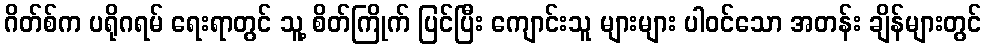
ဂိတ်စ်က ပရိုဂရမ် ရေးရာတွင် သူ့ စိတ်ကြိုက် ပြင်ပြီး ကျောင်းသူ များများ ပါဝင်သော အတန်း ချိန်များတွင်